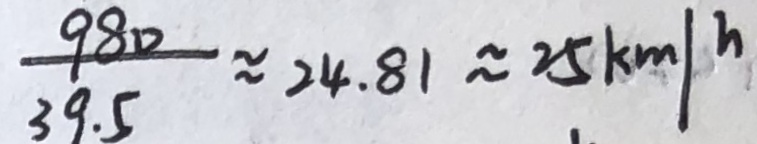
\frac { 9 8 0 } { 3 9 . 5 } \approx 2 4 . 8 1 \approx 2 5 k m / h